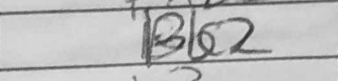
Transcription: Bb2